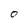
Character: O